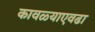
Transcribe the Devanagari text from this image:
कावळ्याएवढा